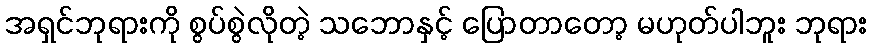
အရှင်ဘုရားကို စွပ်စွဲလိုတဲ့ သဘောနှင့် ပြောတာတော့ မဟုတ်ပါဘူး ဘုရား